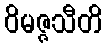
ဝိမဇ္ဇသီတိ